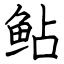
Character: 鲇